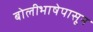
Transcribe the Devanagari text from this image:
बोलीभाषेपासून